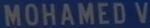
MOHAMED V